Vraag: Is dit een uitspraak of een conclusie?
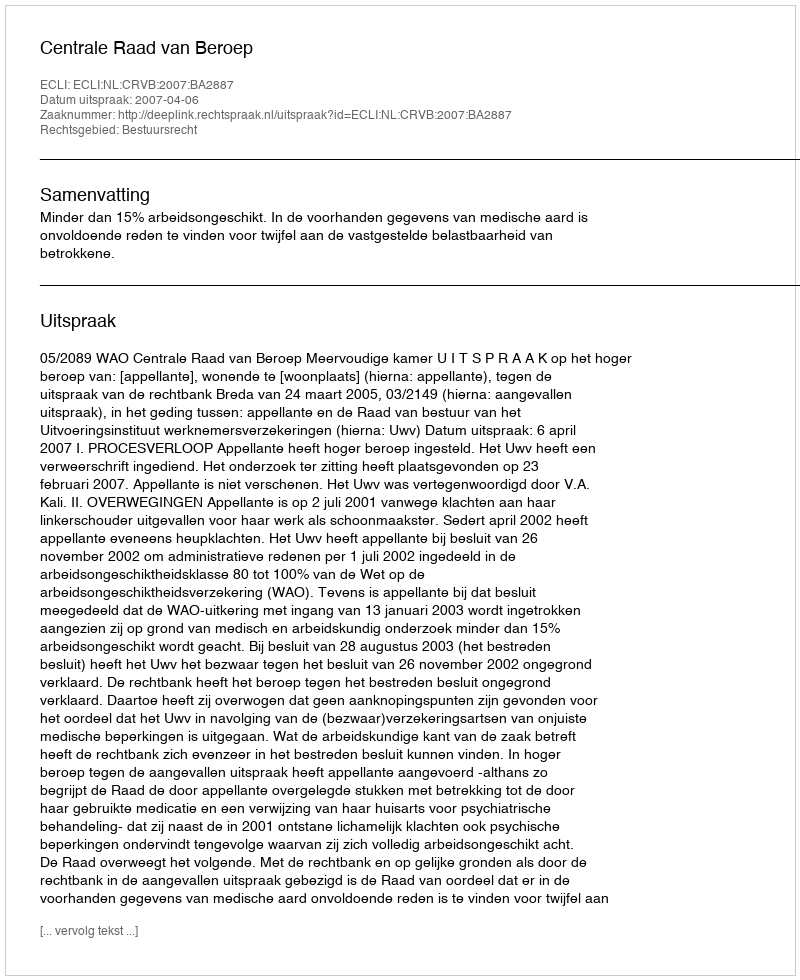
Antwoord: Uitspraak